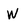
Character: W